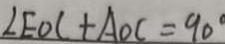
\angle E O C + A O C = 9 0 ^ { \circ }